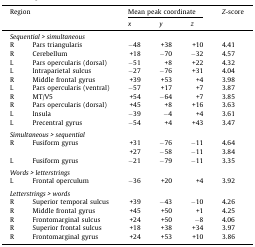
<table><thead><tr><td colspan="2"><b>Region</b></td><td colspan="3"><b>Mean peak coordinate</b></td><td><b><i>Z</i>-score</b></td></tr><tr><td>[EMPTY_CELL]</td><td>[EMPTY_CELL]</td><td><b><i>x</i></b></td><td><b><i>y</i></b></td><td><b><i>z</i></b></td><td>[EMPTY_CELL]</td></tr></thead><tbody><tr><td colspan="6"><i>Sequential &gt; simultaneous</i></td></tr><tr><td>R</td><td>Pars triangularis</td><td>−48</td><td>+38</td><td>+10</td><td>4.41</td></tr><tr><td>R</td><td>Cerebellum</td><td>+18</td><td>−70</td><td>−32</td><td>4.57</td></tr><tr><td>L</td><td>Pars opercularis (dorsal)</td><td>−51</td><td>+8</td><td>+22</td><td>4.32</td></tr><tr><td>L</td><td>Intraparietal sulcus</td><td>−27</td><td>−76</td><td>+31</td><td>4.04</td></tr><tr><td>R</td><td>Middle frontal gyrus</td><td>+39</td><td>+53</td><td>+4</td><td>3.98</td></tr><tr><td>L</td><td>Pars opercularis (ventral)</td><td>−57</td><td>+17</td><td>+7</td><td>3.87</td></tr><tr><td>R</td><td>MT/V5</td><td>+54</td><td>−64</td><td>+7</td><td>3.85</td></tr><tr><td>R</td><td>Pars opercularis (dorsal)</td><td>+45</td><td>+8</td><td>+16</td><td>3.63</td></tr><tr><td>L</td><td>Insula</td><td>−39</td><td>−4</td><td>+4</td><td>3.61</td></tr><tr><td>L</td><td>Precentral gyrus</td><td>−54</td><td>+4</td><td>+43</td><td>3.47</td></tr><tr><td colspan="6">[EMPTY_CELL]</td></tr><tr><td colspan="6"><i>Simultaneous &gt; sequential</i></td></tr><tr><td>R</td><td>Fusiform gyrus</td><td>+31</td><td>−76</td><td>−11</td><td>4.64</td></tr><tr><td>+27</td><td>−58</td><td>−11</td><td>3.84</td></tr><tr><td>L</td><td>Fusiform gyrus</td><td>−21</td><td>−79</td><td>−11</td><td>3.35</td></tr><tr><td colspan="6">[EMPTY_CELL]</td></tr><tr><td colspan="6"><i>Words &gt; letterstrings</i></td></tr><tr><td>L</td><td>Frontal operculum</td><td>−36</td><td>+20</td><td>+4</td><td>3.92</td></tr><tr><td colspan="6">[EMPTY_CELL]</td></tr><tr><td colspan="6"><i>Letterstrings &gt; words</i></td></tr><tr><td>R</td><td>Superior temporal sulcus</td><td>+39</td><td>−43</td><td>−10</td><td>4.26</td></tr><tr><td>R</td><td>Middle frontal gyrus</td><td>+45</td><td>+50</td><td>+1</td><td>4.25</td></tr><tr><td>R</td><td>Frontomarginal sulcus</td><td>+24</td><td>+50</td><td>−8</td><td>4.06</td></tr><tr><td>R</td><td>Superior frontal sulcus</td><td>+18</td><td>+38</td><td>+34</td><td>3.97</td></tr><tr><td>R</td><td>Frontomarginal gyrus</td><td>+24</td><td>+53</td><td>+10</td><td>3.86</td></tr></tbody></table>